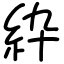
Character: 紣